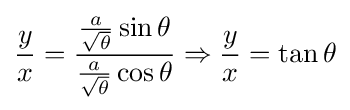
{\frac {y}{x}}={\frac {{\frac {a}{\sqrt {\theta }}}\sin \theta }{{\frac {a}{\sqrt {\theta }}}\cos \theta }}\Rightarrow {\frac {y}{x}}=\tan \theta